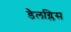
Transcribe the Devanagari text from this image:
डैलग्लिस